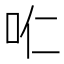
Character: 𱒊